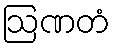
ဩဏတံ